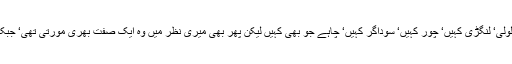
اس مورتی کو اپوزیشن کے لوگ کانی‘ لولی‘ لنگڑی کہیں‘ چور کہیں‘ سوداگر کہیں‘ چاہے جو بھی کہیں لیکن پھر بھی میری نظر میں وہ ایک صفت بھری مورتی تھی‘ جبکہ اپوزیشن کے پاس تو کچھ تھا ہی نہیں۔